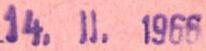
14.II.1966